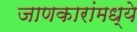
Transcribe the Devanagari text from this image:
जाणकारांमध्ये